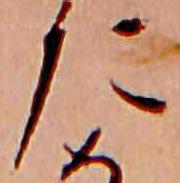
た